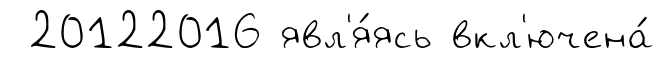
20122016 явл'я́ясь вкл'ючена́